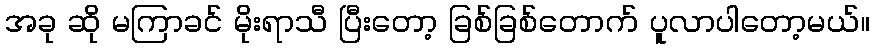
အခု ဆို မကြာခင် မိုးရာသီ ပြီးတော့ ခြစ်ခြစ်တောက် ပူလာပါတော့မယ်။